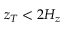
z _ { T } < 2 H _ { z }